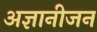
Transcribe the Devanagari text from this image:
अज्ञानीजन